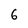
Character: 6